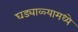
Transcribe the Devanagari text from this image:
घड्याळ्यामध्ये